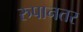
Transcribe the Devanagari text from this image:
रुपानतर